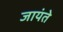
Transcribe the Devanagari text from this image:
जायंते